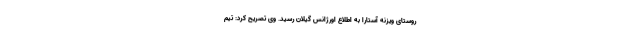
روستای ویزنه آستارا به اطلاع اورژانس گیلان رسید. وی تصریح کرد: تیم